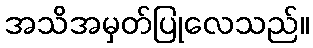
အသိအမှတ်ပြုလေသည်။